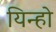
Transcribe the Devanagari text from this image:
यिन्हो